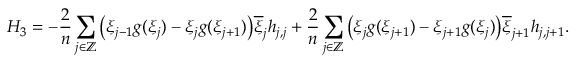
H _ { 3 } = - \frac { 2 } { n } \sum _ { j \in \mathbb { Z } } \big ( \xi _ { j - 1 } g ( \xi _ { j } ) - \xi _ { j } g ( \xi _ { j + 1 } ) \big ) \overline { { \xi } } _ { j } h _ { j , j } + \frac { 2 } { n } \sum _ { j \in \mathbb { Z } } \big ( \xi _ { j } g ( \xi _ { j + 1 } ) - \xi _ { j + 1 } g ( \xi _ { j } ) \big ) \overline { { \xi } } _ { j + 1 } h _ { j , j + 1 } .